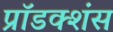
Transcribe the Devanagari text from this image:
प्रॉडक्शंस